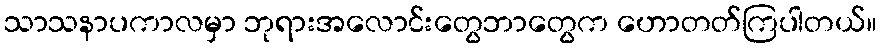
သာသနာပကာလမှာ ဘုရားအလောင်းတွေဘာတွေက ဟောတတ်ကြပါတယ်။